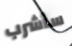
سأشرب